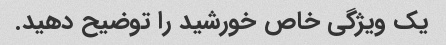
یک ویژگی خاص خورشید را توضیح دهید.